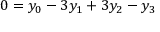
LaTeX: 0 = y _ { 0 } - 3 y _ { 1 } + 3 y _ { 2 } - y _ { 3 }